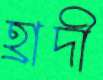
হ্রাদী